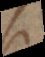
si